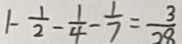
1 - \frac { 1 } { 2 } - \frac { 1 } { 4 } - \frac { 1 } { 7 } = \frac { 3 } { 2 8 }